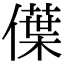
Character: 僷